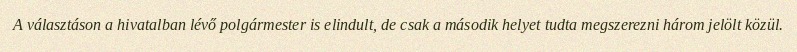
A választáson a hivatalban lévő polgármester is elindult, de csak a második helyet tudta megszerezni három jelölt közül.